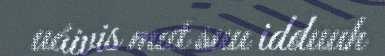
uáivis mut suu idduuh